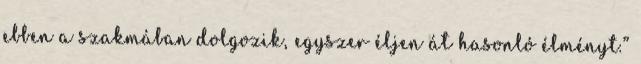
ebben a szakmában dolgozik, egyszer éljen át hasonló élményt.”